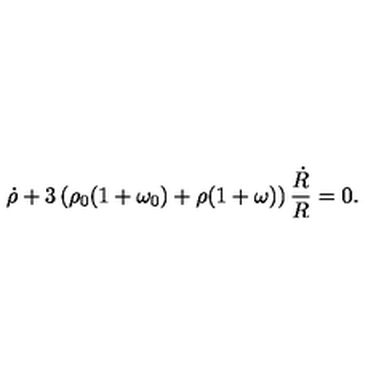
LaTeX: \dot { \rho } + 3 \left( \rho _ { 0 } ( 1 + \omega _ { 0 } ) + \rho ( 1 + \omega ) \right) \frac { \dot { R } } { R } = 0 .